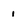
Character: 1